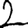
Digit: 2